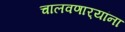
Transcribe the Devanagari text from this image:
चालवणार्‍यांना